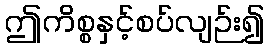
ဤကိစ္စနှင့်စပ်လျဉ်း၍